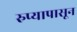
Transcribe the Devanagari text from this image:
रुप्यापासून